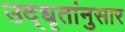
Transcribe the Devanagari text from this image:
उद्‌धृतांनुसार